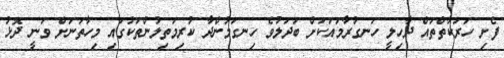
ފެށި ހަރަކާތްތައް ދާހިލީ ހަނގުރާމައަކަށް ބަދަލުވެ ހިނގަމުންދާ ކުރިމަތިލުންތަކުގައި މިހާތަނަށް ވަނީ ދޮޅު